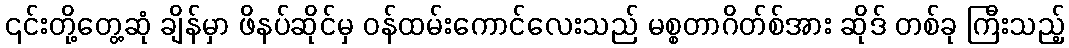
၎င်းတို့တွေ့ဆုံ ချိန်မှာ ဖိနပ်ဆိုင်မှ ဝန်ထမ်းကောင်လေးသည် မစ္စတာဂိတ်စ်အား ဆိုဒ် တစ်ခု ကြီးသည့်